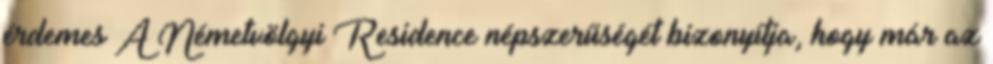
érdemes A Németvölgyi Residence népszerűségét bizonyítja, hogy már az